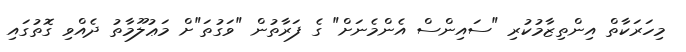
މިހަރަކާތް އިންތިޒާމުކުރި "ސައިންސް އެންމެނަށް" ގެ ފަރާތުން "ވަގުތަ"ށް މަޢުލޫމާތު ދެއްވި ގޮތުގައި